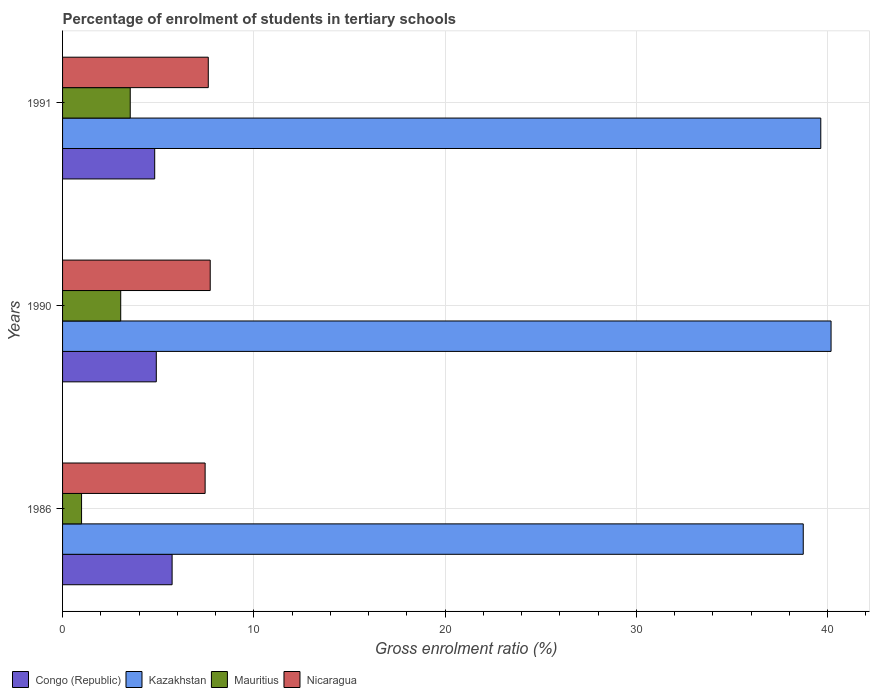
| Years | Congo (Republic) | Kazakhstan | Mauritius | Nicaragua |
 | --- | --- | --- | --- | --- |
 | 1986 | 5.73 | 38.7 | 0.994 | 7.45 |
 | 1990 | 4.9 | 40.2 | 3.04 | 7.72 |
 | 1991 | 4.82 | 39.6 | 3.54 | 7.62 |